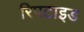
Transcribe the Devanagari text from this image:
रिपटाइड